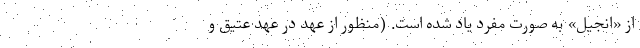
از «انجیل» به صورت مفرد یاد شده است. (‌منظور از عهد در عهد عتیق و